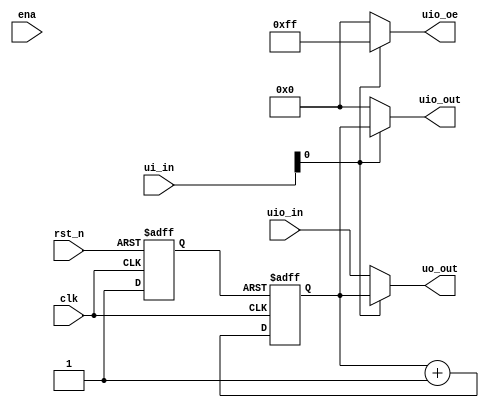
// This program was cloned from: https://github.com/TinyTapeout/tinytapeout-04
// License: Apache License 2.0

/*
 * tt_um_factory_test.v
 *
 * Test user module
 *
 */

`default_nettype none

module tt_um_factory_test (
	input  wire [7:0] ui_in,	// Dedicated inputs
	output wire [7:0] uo_out,	// Dedicated outputs
	input  wire [7:0] uio_in,	// IOs: Input path
	output wire [7:0] uio_out,	// IOs: Output path
	output wire [7:0] uio_oe,	// IOs: Enable path (active high: 0=input, 1=output)
	input  wire       ena,
	input  wire       clk,
	input  wire       rst_n
);

	reg rst_n_i;
	reg [7:0] cnt;

	always @(posedge clk or negedge rst_n)
		if (~rst_n)
			rst_n_i <= 1'b0;
		else
			rst_n_i <= 1'b1;

	always @(posedge clk or negedge rst_n_i)
		if (~rst_n_i)
			cnt <= 0;
		else
			cnt <= cnt + 1;
	
	assign uo_out  = ui_in[0] ? cnt : uio_in;
	assign uio_out = ui_in[0] ? cnt : 8'h00;
	assign uio_oe  = ui_in[0] ? 8'hff : 8'h00;

endmodule // tt_um_factory_test